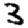
Digit: 3